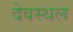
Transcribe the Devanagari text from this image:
देवस्थल